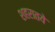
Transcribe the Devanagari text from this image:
शहरातये